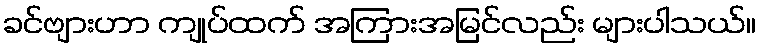
ခင်ဗျားဟာ ကျုပ်ထက် အကြားအမြင်လည်း များပါသယ်။